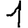
Digit: 1